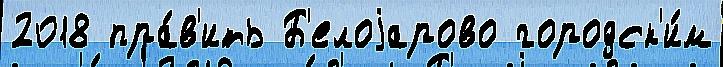
2018 пра́в'ить Б'елоjарово городск'и́м